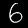
Label: 6